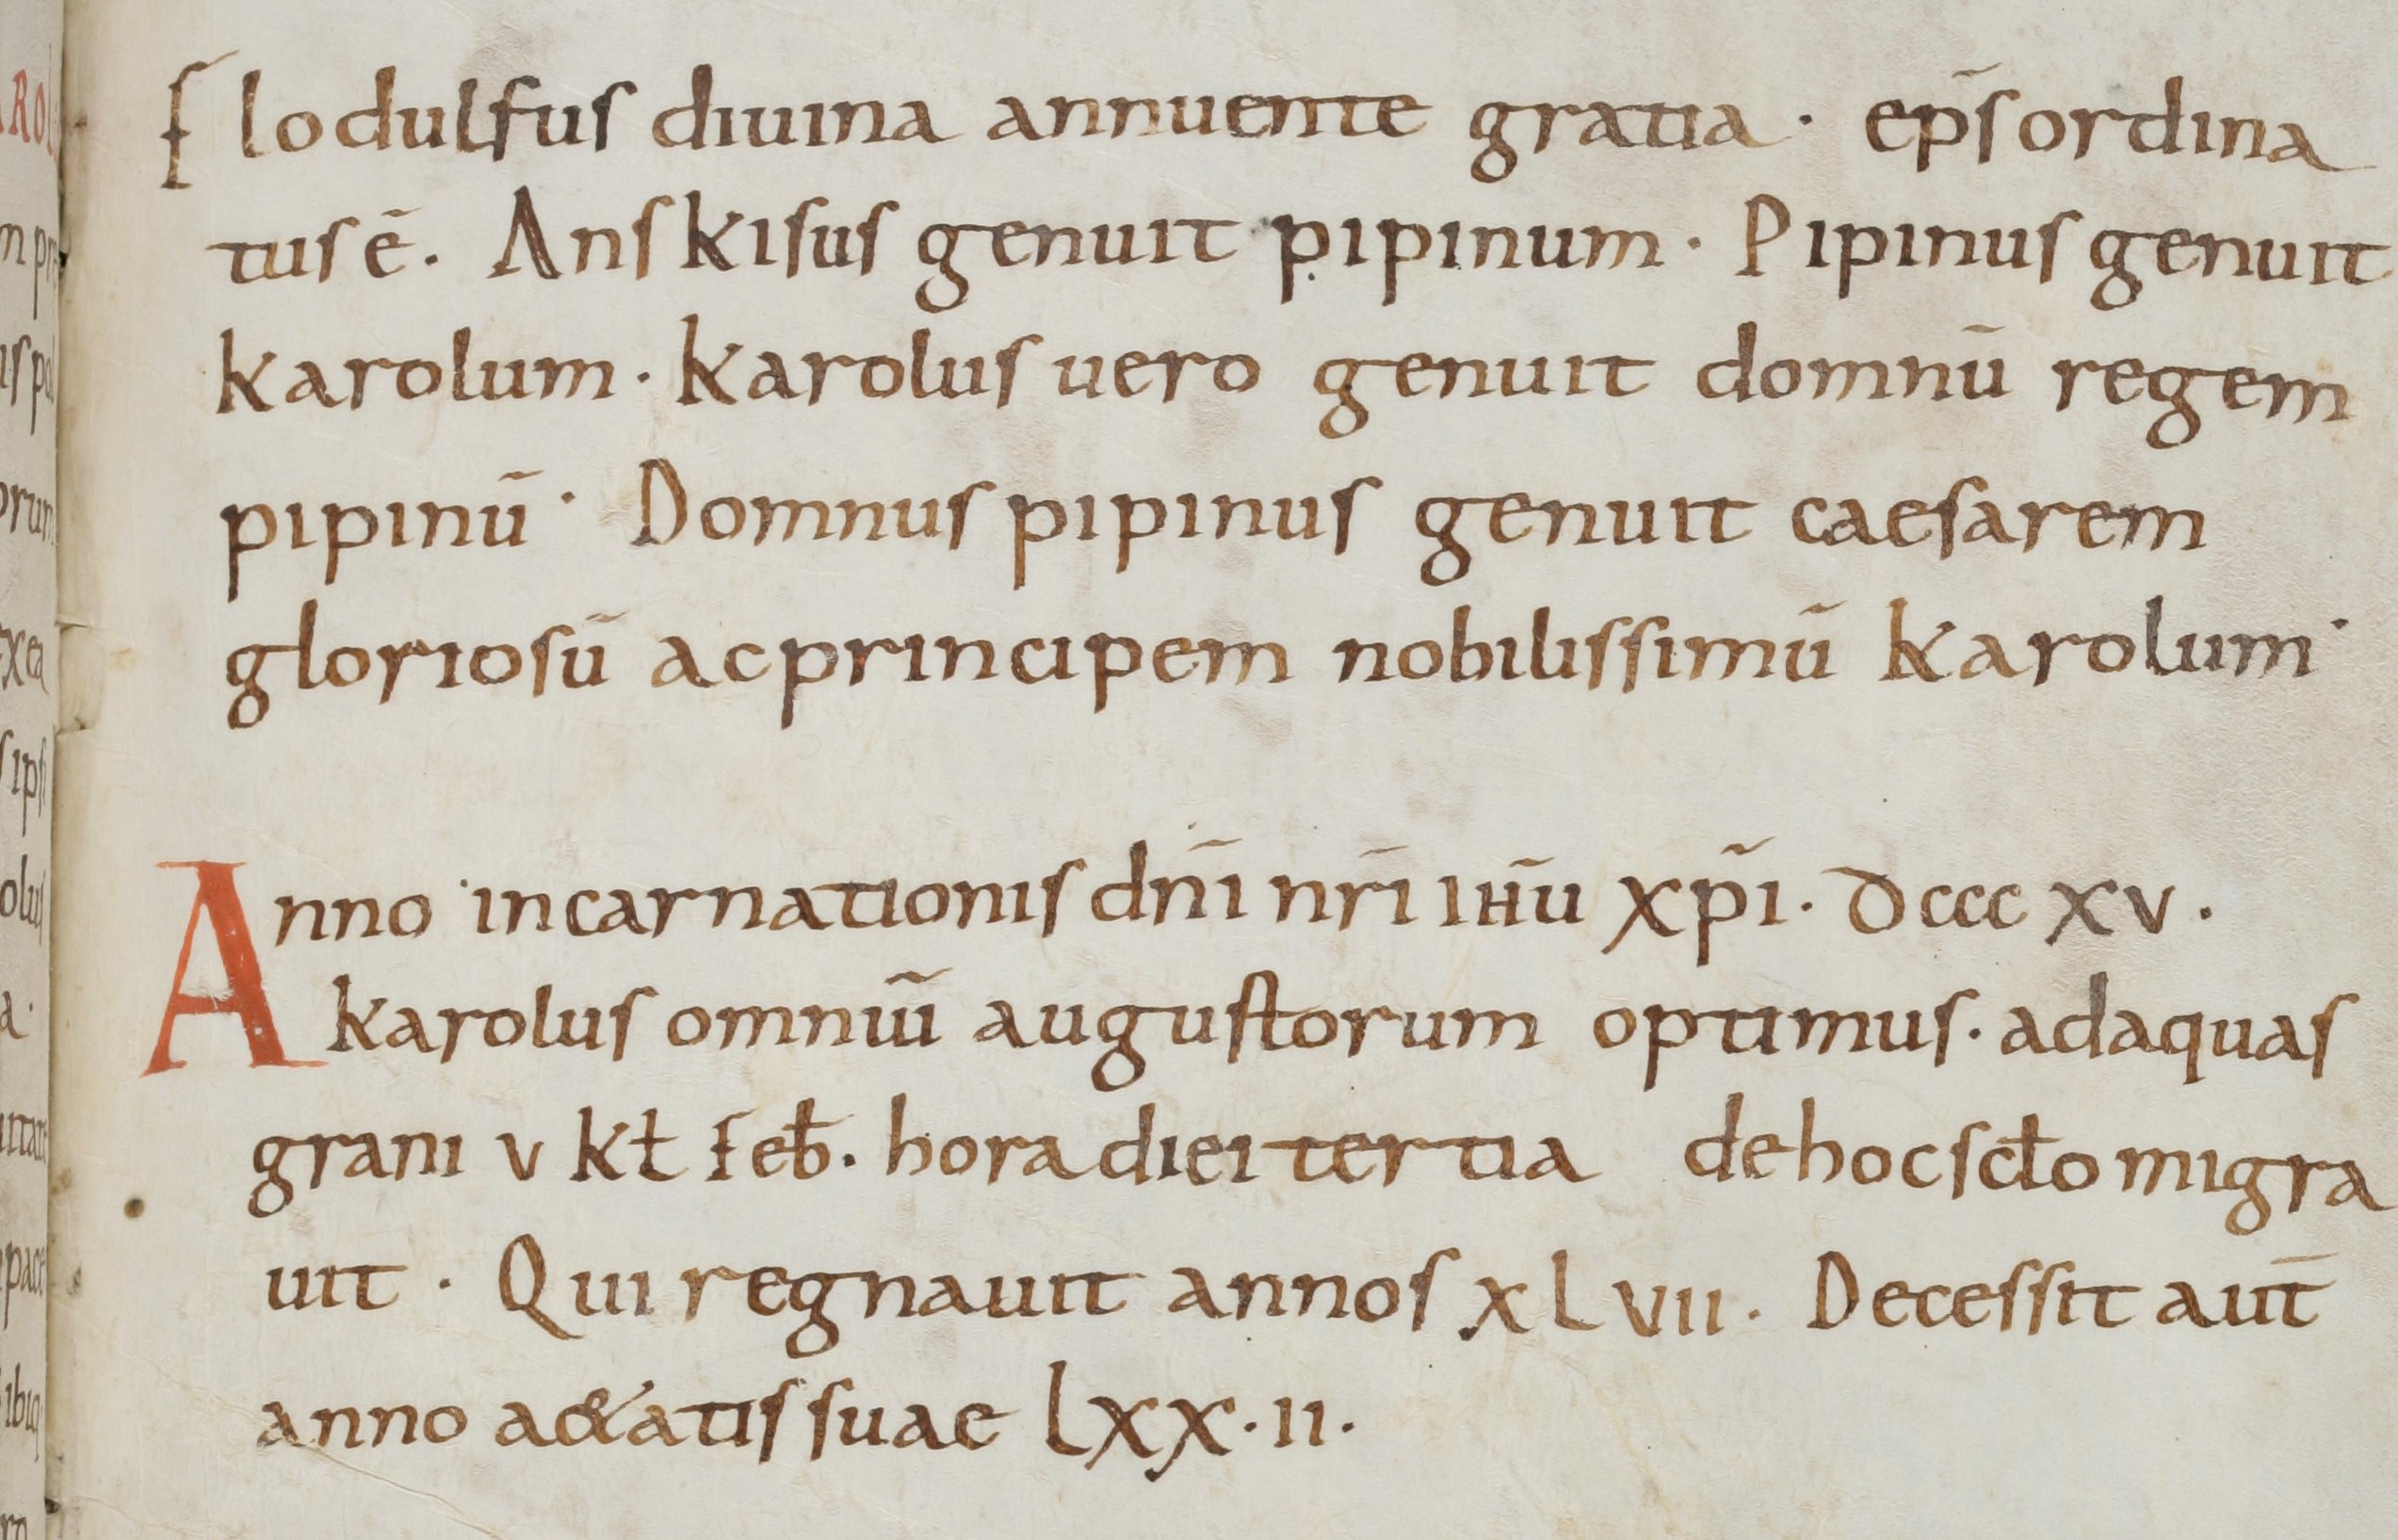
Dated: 800–899